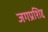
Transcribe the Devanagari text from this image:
जगप्रशिद्द